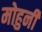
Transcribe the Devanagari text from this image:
मोहुनी